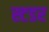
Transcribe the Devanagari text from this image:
स्टडर